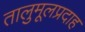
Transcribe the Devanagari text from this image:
तालुमूलप्रदाह